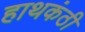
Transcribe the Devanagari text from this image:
हाथकंठी